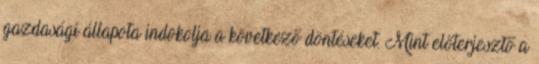
gazdasági állapota indokolja a következő döntéseket. Mint előterjesztő a